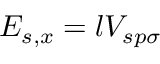
E _ { s , x } = l V _ { s p \sigma }